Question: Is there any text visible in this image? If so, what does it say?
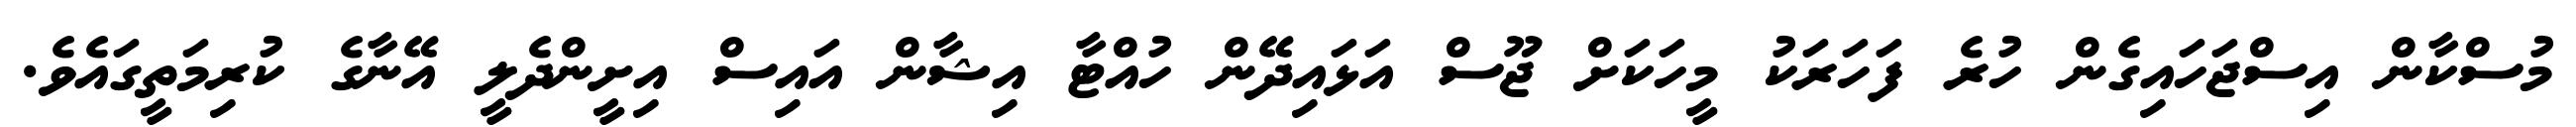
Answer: މުސްކާން އިސްޖަހައިގެން ހުރެ ފަހަރަކު މީހަކަށް ޖޫސް އަޅައިދޭން ހުއްޓާ އިޝާން އައިސް އިށީންދެލީ އޭނާގެ ކުރިމަތީގައެވެ.